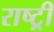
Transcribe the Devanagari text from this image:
राष्ट्र्री